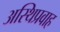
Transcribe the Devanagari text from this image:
अस्थिप्रवाह